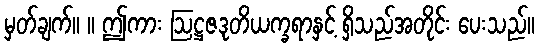
မှတ်ချက်။ ။ ဤကား ဩဋ္ဌဇဒုတိယက္ခရာနှင့် ရှိသည်အတိုင်း ပေးသည်။